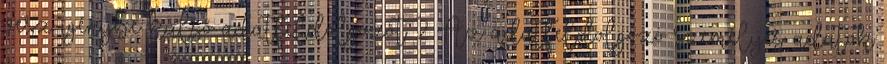
vesz igénybe külső adatfeldolgozót. 2 Az adatfeldolgozó személyes adatok